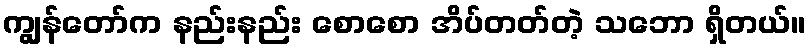
ကျွန်တော်က နည်းနည်း စောစော အိပ်တတ်တဲ့ သဘော ရှိတယ်။